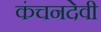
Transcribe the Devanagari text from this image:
कंचनदेवी